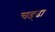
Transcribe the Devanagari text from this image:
चङ्ढा